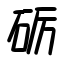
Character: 砺